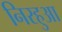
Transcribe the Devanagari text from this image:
निरहुआ